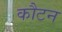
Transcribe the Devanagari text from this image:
कौटन